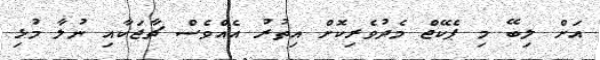
އަށް ލިބޭ މި ޕެކޭޖް މެދުވެރިކޮށް އިތުރު އެއްވެސް ޗާޖަކާއި ނުލާ މުޅި